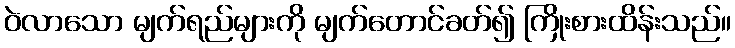
ဝဲလာသော မျက်ရည်များကို မျက်တောင်ခတ်၍ ကြိုးစားထိန်းသည်။